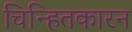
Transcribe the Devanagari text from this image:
चिन्हितकारन